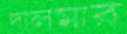
দালমার